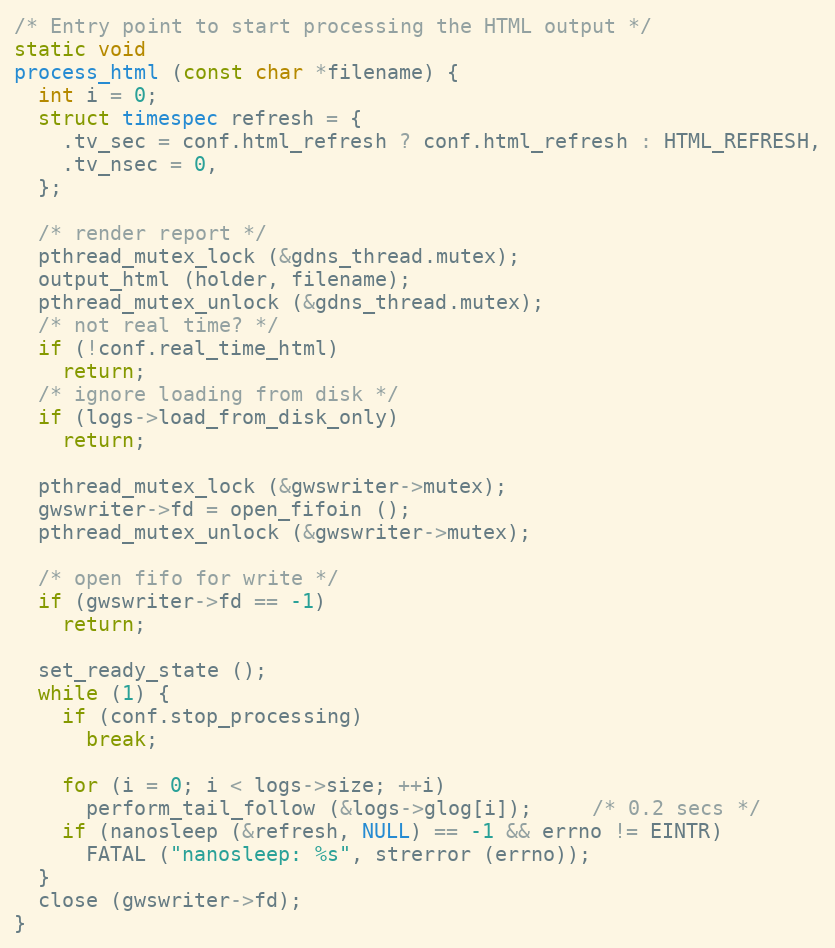
Language: C
/* Entry point to start processing the HTML output */
static void
process_html (const char *filename) {
  int i = 0;
  struct timespec refresh = {
    .tv_sec = conf.html_refresh ? conf.html_refresh : HTML_REFRESH,
    .tv_nsec = 0,
  };

  /* render report */
  pthread_mutex_lock (&gdns_thread.mutex);
  output_html (holder, filename);
  pthread_mutex_unlock (&gdns_thread.mutex);
  /* not real time? */
  if (!conf.real_time_html)
    return;
  /* ignore loading from disk */
  if (logs->load_from_disk_only)
    return;

  pthread_mutex_lock (&gwswriter->mutex);
  gwswriter->fd = open_fifoin ();
  pthread_mutex_unlock (&gwswriter->mutex);

  /* open fifo for write */
  if (gwswriter->fd == -1)
    return;

  set_ready_state ();
  while (1) {
    if (conf.stop_processing)
      break;

    for (i = 0; i < logs->size; ++i)
      perform_tail_follow (&logs->glog[i]);     /* 0.2 secs */
    if (nanosleep (&refresh, NULL) == -1 && errno != EINTR)
      FATAL ("nanosleep: %s", strerror (errno));
  }
  close (gwswriter->fd);
}